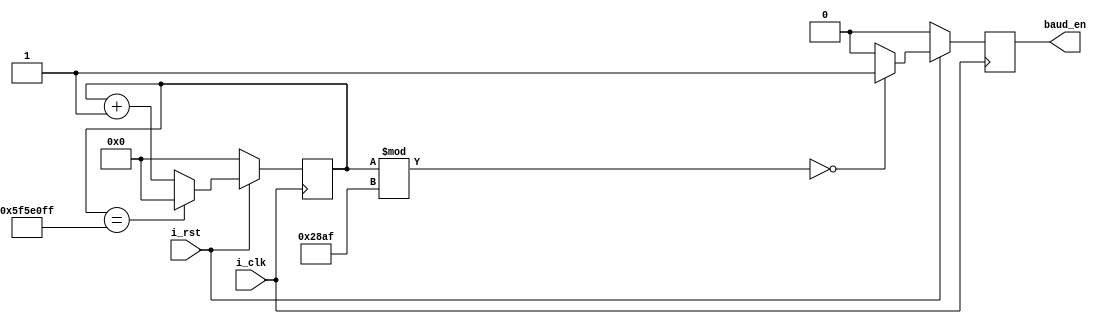
`timescale 1ns / 1ps
//////////////////////////////////////////////////////////////////////////////////
// Company: 
// Engineer: 
// 
// Design Name: 
// Module Name: baud_rate_gen
// Project Name: 
// Target Devices: 
// Tool Versions: 
// Description: 
// 
// Dependencies: 
// 
// Revision:
// Revision 0.01 - File Created
// Additional Comments:
// 
//////////////////////////////////////////////////////////////////////////////////


module baud_rate_gen#(parameter clk_hz =100000000, // 100Mhz 
                      parameter baud_rate = 9600 //baud rate 9600
        ) (
            input i_clk,
            input i_rst,
            output baud_en
    );
    parameter baud_limit = clk_hz / baud_rate - 1;
    
    reg baud_en_reg = 0;
    reg  [26:0] count; //
    
    always@(posedge i_clk)begin
        if(!i_rst)begin
            count <= 0;
        end
        else begin
            count <= count + 1;
            
            if(count == clk_hz - 1)begin
                count <= 0;
            end
        end
    end
    
    always@(posedge i_clk)begin
        if(!i_rst)begin
            baud_en_reg <= 0;
        end
        else begin
            if(count % baud_limit == 0)begin
                baud_en_reg <= 1;
            end
            else begin
                baud_en_reg <= 0;
            end
        end
    end
    
    assign baud_en = baud_en_reg;    
endmodule